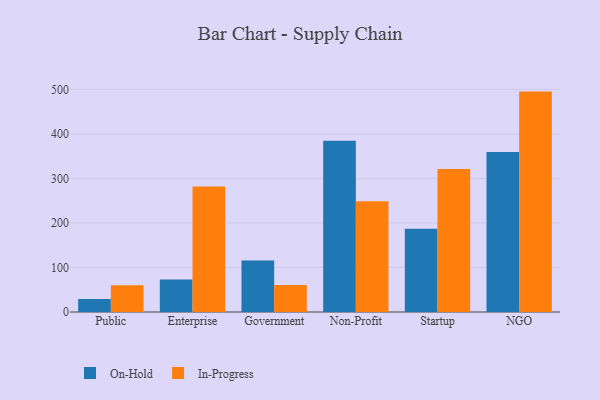
{"axis": {"x": "Segment", "y": "Latency (ms)"}, "legend": ["In-Progress", "On-Hold"], "data": [{"x": "Public", "y": 29.2, "type": "On-Hold"}, {"x": "Public", "y": 60.3, "type": "In-Progress"}, {"x": "Enterprise", "y": 72.8, "type": "On-Hold"}, {"x": "Enterprise", "y": 282.0, "type": "In-Progress"}, {"x": "Government", "y": 115.6, "type": "On-Hold"}, {"x": "Government", "y": 60.6, "type": "In-Progress"}, {"x": "Non-Profit", "y": 384.6, "type": "On-Hold"}, {"x": "Non-Profit", "y": 248.6, "type": "In-Progress"}, {"x": "Startup", "y": 187.1, "type": "On-Hold"}, {"x": "Startup", "y": 321.0, "type": "In-Progress"}, {"x": "NGO", "y": 359.4, "type": "On-Hold"}, {"x": "NGO", "y": 495.0, "type": "In-Progress"}]}